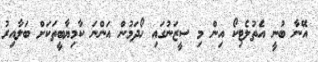
އޭނާ ބުނީ އެތުލެޓިކޯ އިން މި ސީޒަނުގައި ހޯދަމުން އަންނަ ކާމިޔާބީތަކަށް ބަލާއިރު